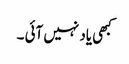
کبھی یاد نہیں آئی ۔